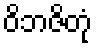
ဝိဘဇိတုံ